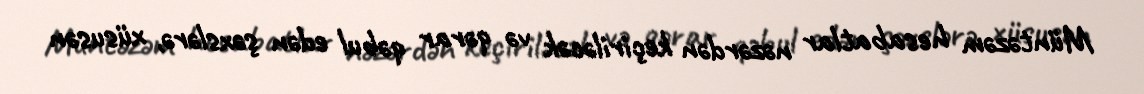
Müntəzəm hesabatlar nəzərdən keçiriləcək və qərar qəbul edən şəxslərə, xüsusən